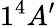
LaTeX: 1^{4}A^{\prime}